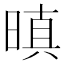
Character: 𭦬